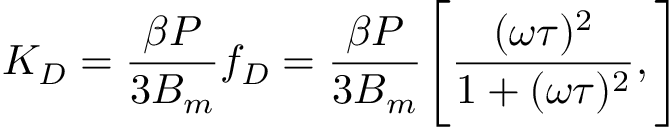
K _ { D } = \frac { \beta P } { 3 B _ { m } } f _ { D } = \frac { \beta P } { 3 B _ { m } } \Bigg [ \frac { ( \omega \tau ) ^ { 2 } } { 1 + ( \omega \tau ) ^ { 2 } } , \Bigg ]